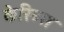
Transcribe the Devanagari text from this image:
केरिब्स